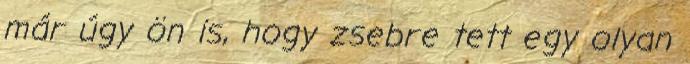
már úgy ön is, hogy zsebre tett egy olyan